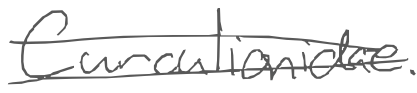
Text: Curculionidae.
Cross-out: double-line
Writing tool: digital_gray